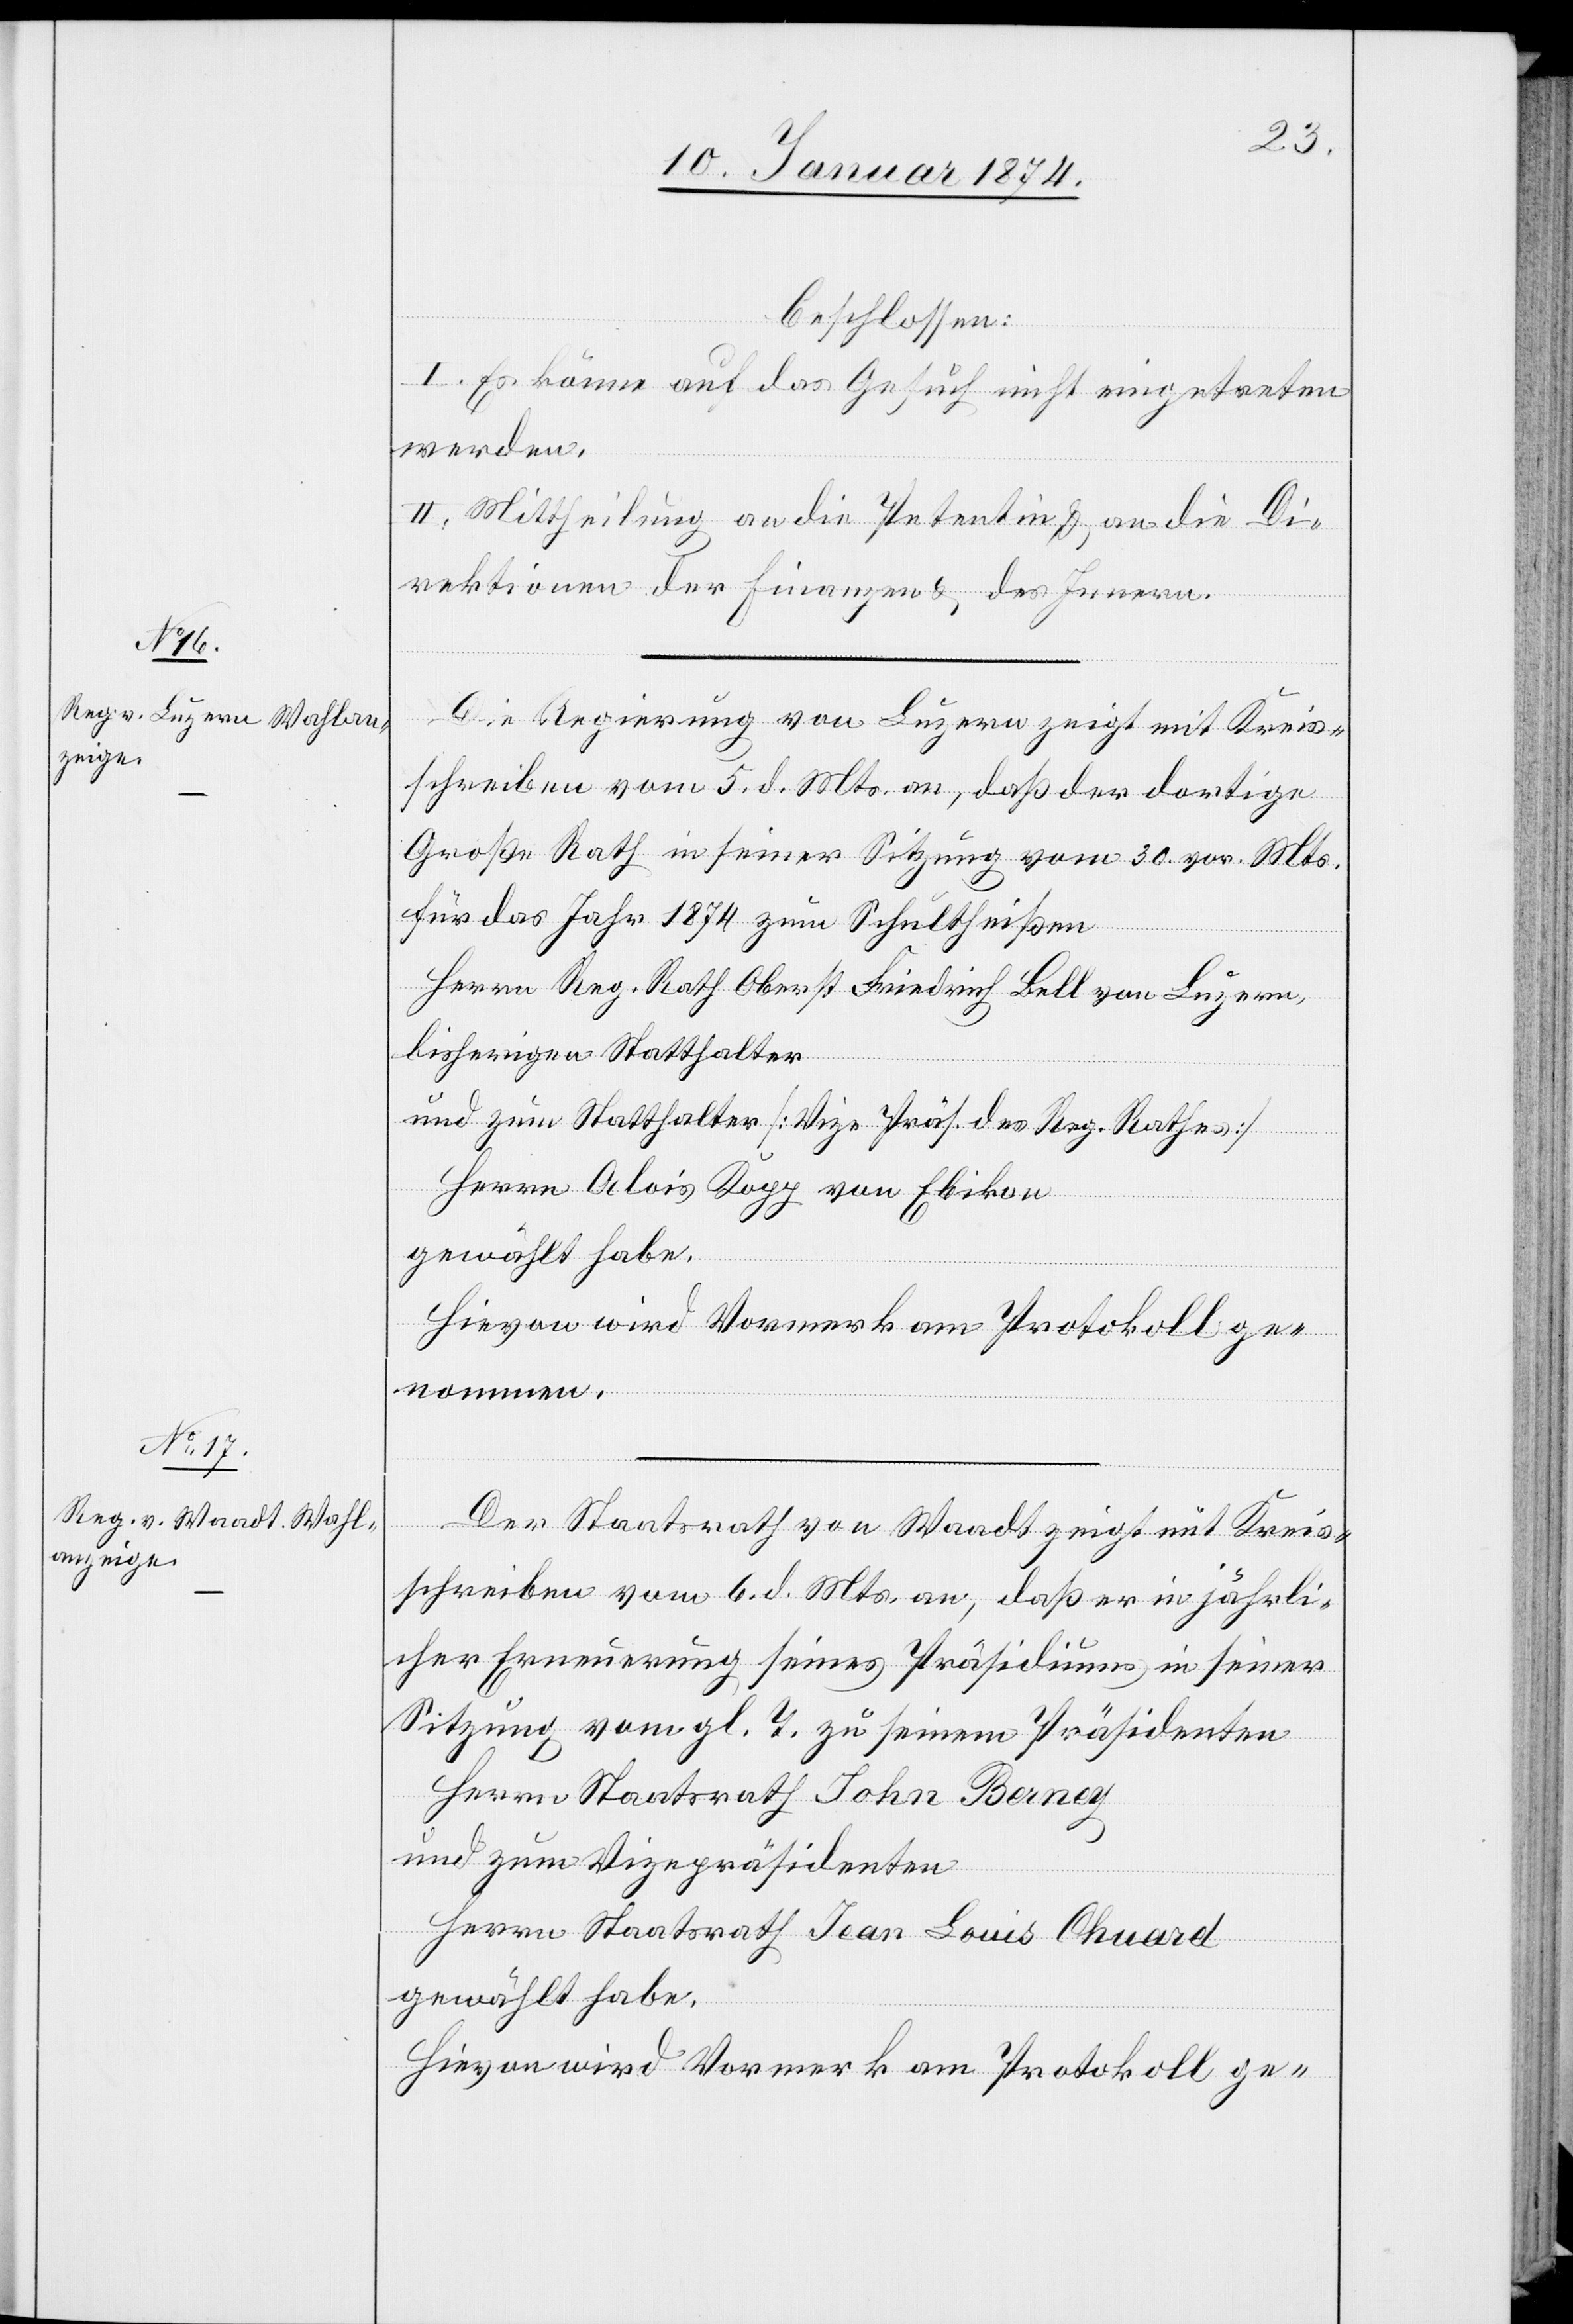
beschlossen:
I. Es könne auf das Gesuch nicht eingetreten
werden.
II. Mittheilung an die Petentin u. an die Di¬
rektionen der Finanzen u. des Innern.
Die Regierung von Luzern zeigt mit Kreis¬
schreiben vom 5. d. Mts. an, daß der dortige
Große Rath in seiner Sitzung vom 30. vor. Mts.
für das Jahr 1874 zum Schultheißen
Herrn Reg. Rath Oberst Friedrich Bell von Luzern,
bisherigen Statthalter
und zum Statthalter [Vize Präs. des Reg. Rathes]
Herrn Alois Rugg von Ebikon
gewählt habe.
Hievon wird Vormerk am Protokoll ge¬
nommen.
Der Staatsrath von Waadt zeigt mit Kreis¬
schreiben vom 6. d. Mts. an, daß er in jährli¬
cher Erneuerung seines Präsidiums in seiner
Sitzung vom gl. T. zu seinem Präsidenten
Herrn Staatsrath John Beney
und zum Vizepräsidenten
Herrn Staatsrath Jean Louis Chuard
gewählt habe.
Hievon wird Vormerk am Protokoll ge-